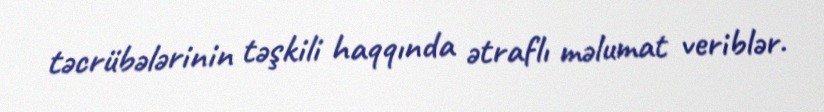
təcrübələrinin təşkili haqqında ətraflı məlumat veriblər.